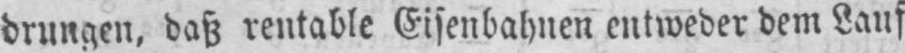
drungen, daß rentable Eisenbahnen entweder dem Lauf